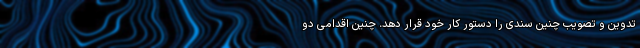
تدوین و تصویب چنین سندی را دستور کار خود قرار دهد. چنین اقدامی دو